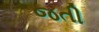
જતી